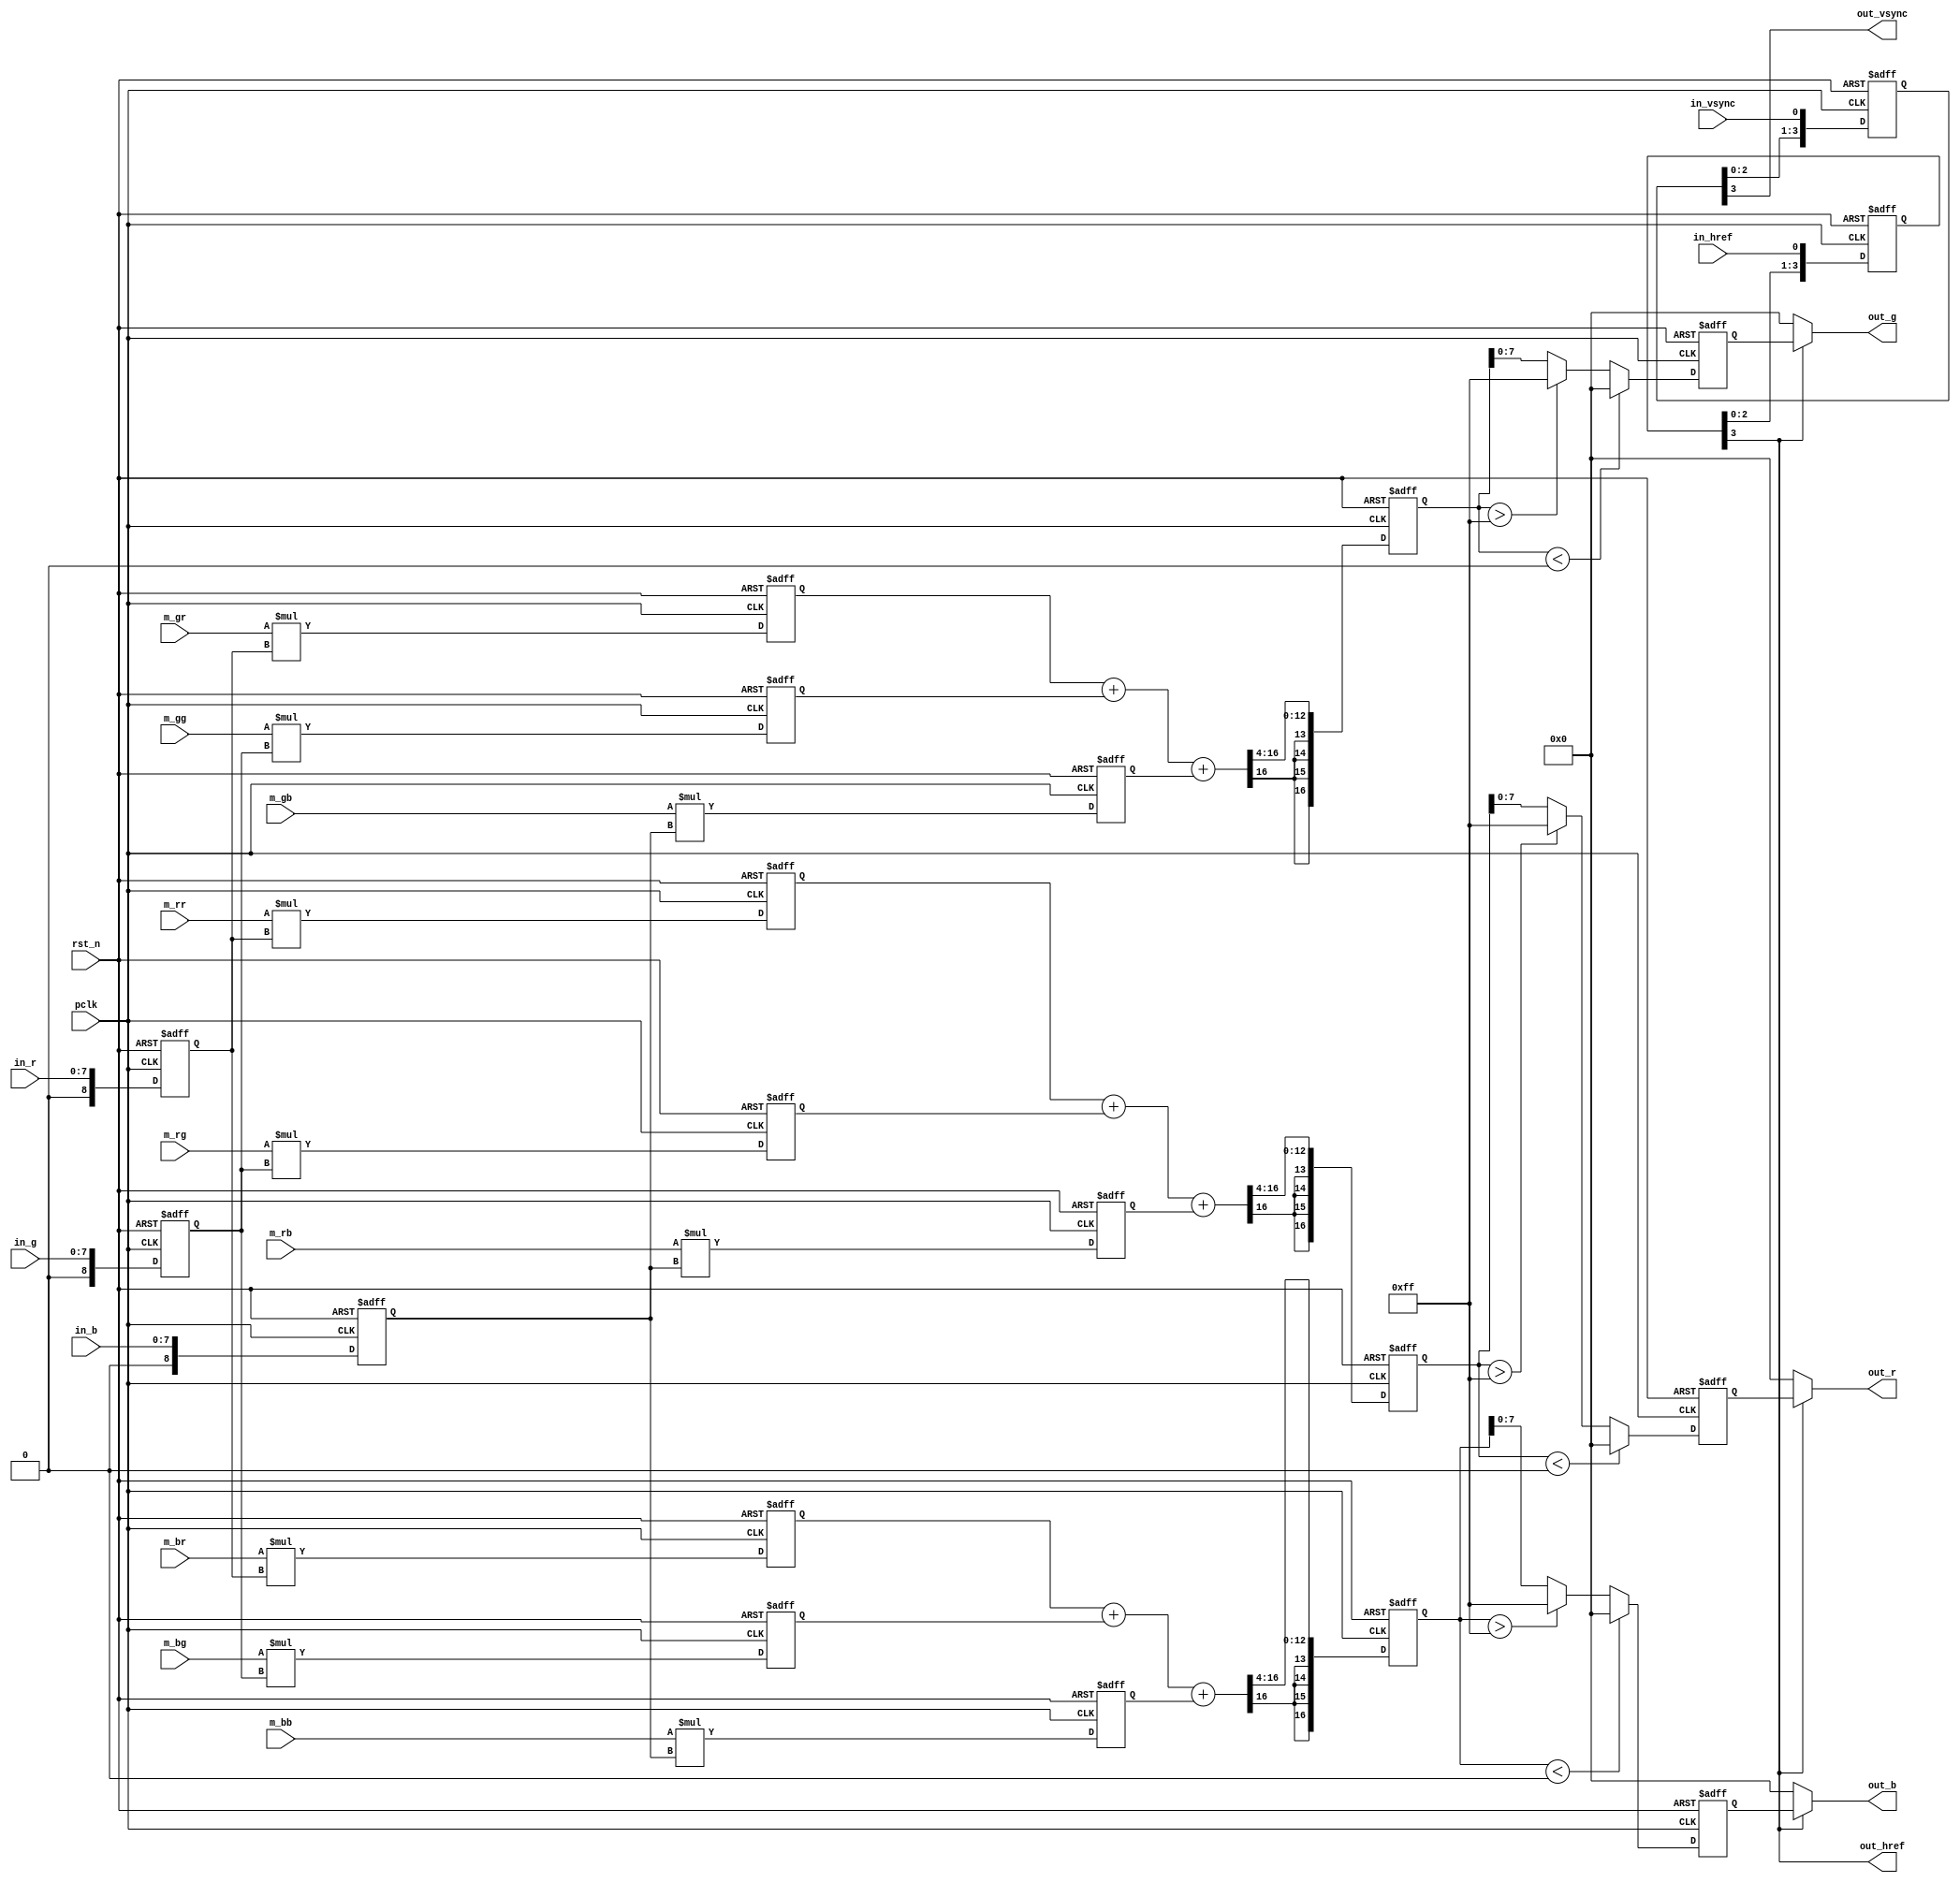
/*************************************************************************
    > File Name: isp_ccm.v
    > Author: bxq
    > Mail: 544177215@qq.com
    > Created Time: Thu 21 Jan 2021 21:50:04 GMT
 ************************************************************************/

/*
 * ISP - Color Correction Matrix
 */

module isp_ccm
#(
	parameter BITS = 8,
	parameter WIDTH = 1280,
	parameter HEIGHT = 960
)
(
	input pclk,
	input rst_n,

	input signed [7:0] m_rr, m_rg, m_rb, //format S4.4
	input signed [7:0] m_gr, m_gg, m_gb,
	input signed [7:0] m_br, m_bg, m_bb,

	input in_href,
	input in_vsync,
	input [BITS-1:0] in_r,
	input [BITS-1:0] in_g,
	input [BITS-1:0] in_b,

	output out_href,
	output out_vsync,
	output [BITS-1:0] out_r,
	output [BITS-1:0] out_g,
	output [BITS-1:0] out_b
);

	// [Rout]   [Mrr, Mrg, Mrb]   [Rin]
	// [Gout] = [Mgr, Mgg, Mgb] * [Gin]
	// [Bout]   [Mbr, Mbg, Mbb]   [Bin]

	reg signed [BITS:0] in_r_1, in_g_1, in_b_1;
	always @ (posedge pclk or negedge rst_n) begin
		if (!rst_n) begin
			in_r_1 <= 0;
			in_g_1 <= 0;
			in_b_1 <= 0;
		end
		else begin
			in_r_1 <= {1'b0, in_r};
			in_g_1 <= {1'b0, in_g};
			in_b_1 <= {1'b0, in_b};
		end
	end

	reg signed [BITS+8:0] data_rr, data_rg, data_rb;
	reg signed [BITS+8:0] data_gr, data_gg, data_gb;
	reg signed [BITS+8:0] data_br, data_bg, data_bb;
	always @ (posedge pclk or negedge rst_n) begin
		if (!rst_n) begin
			data_rr <= 0;
			data_rg <= 0;
			data_rb <= 0;
			data_gr <= 0;
			data_gg <= 0;
			data_gb <= 0;
			data_br <= 0;
			data_bg <= 0;
			data_bb <= 0;
		end
		else begin
			data_rr <= m_rr * in_r_1;
			data_rg <= m_rg * in_g_1;
			data_rb <= m_rb * in_b_1;
			data_gr <= m_gr * in_r_1;
			data_gg <= m_gg * in_g_1;
			data_gb <= m_gb * in_b_1;
			data_br <= m_br * in_r_1;
			data_bg <= m_bg * in_g_1;
			data_bb <= m_bb * in_b_1;
		end
	end

	reg signed [BITS+8:0] data_r, data_g, data_b;
	always @ (posedge pclk or negedge rst_n) begin
		if (!rst_n) begin
			data_r <= 0;
			data_g <= 0;
			data_b <= 0;
		end
		else begin
			data_r <= (data_rr + data_rg + data_rb) >>> 4;
			data_g <= (data_gr + data_gg + data_gb) >>> 4;
			data_b <= (data_br + data_bg + data_bb) >>> 4;
		end
	end

	reg [BITS-1:0] data_r_1, data_g_1, data_b_1;
	always @ (posedge pclk or negedge rst_n) begin
		if (!rst_n) begin
			data_r_1 <= 0;
			data_g_1 <= 0;
			data_b_1 <= 0;
		end
		else begin
			data_r_1 <= data_r < 8'sd0 ? {BITS{1'b0}} : (data_r > {BITS{1'b1}} ? {BITS{1'b1}} : data_r[BITS-1:0]);
			data_g_1 <= data_g < 8'sd0 ? {BITS{1'b0}} : (data_g > {BITS{1'b1}} ? {BITS{1'b1}} : data_g[BITS-1:0]);
			data_b_1 <= data_b < 8'sd0 ? {BITS{1'b0}} : (data_b > {BITS{1'b1}} ? {BITS{1'b1}} : data_b[BITS-1:0]);
		end
	end

	localparam DLY_CLK = 4;
	reg [DLY_CLK-1:0] href_dly;
	reg [DLY_CLK-1:0] vsync_dly;
	always @ (posedge pclk or negedge rst_n) begin
		if (!rst_n) begin
			href_dly <= 0;
			vsync_dly <= 0;
		end
		else begin
			href_dly <= {href_dly[DLY_CLK-2:0], in_href};
			vsync_dly <= {vsync_dly[DLY_CLK-2:0], in_vsync};
		end
	end

	assign out_href = href_dly[DLY_CLK-1];
	assign out_vsync = vsync_dly[DLY_CLK-1];
	assign out_r = out_href ? data_r_1 : {BITS{1'b0}};
	assign out_g = out_href ? data_g_1 : {BITS{1'b0}};
	assign out_b = out_href ? data_b_1 : {BITS{1'b0}};
endmodule